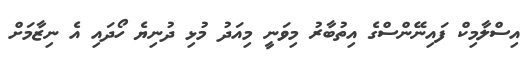
އިސްލާމިކް ފައިނޭންސްގެ އިތުބާރު މިވަނީ މިއަދު މުޅި ދުނިޔެ ހޯދައި އެ ނިޒާމަށް